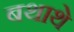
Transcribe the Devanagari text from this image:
बथाथे